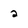
Character: 2